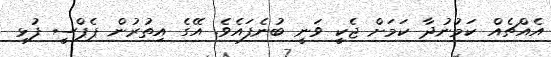
އެއްޗެއް ކަމުނުދާ ކަމަށް ޖެކީ ވަނީ ބުނެފައެވެ. އޭގެ އިތުރުން ޕެޕްސީ ފުޅި